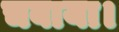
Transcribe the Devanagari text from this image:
चबाया।